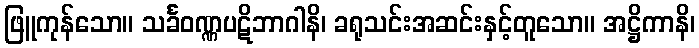
ဖြူကုန်သော။ သင်္ခဝဏ္ဏပဋိဘာဂါနိ၊ ခရုသင်းအဆင်းနှင့်တူသော။ အဋ္ဌိကာနိ၊